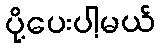
ပို့ပေးပါ့မယ်